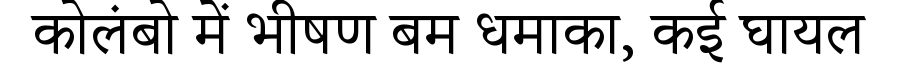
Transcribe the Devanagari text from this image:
कोलंबो में भीषण बम धमाका, कई घायल